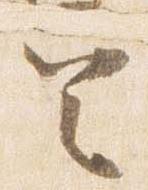
定